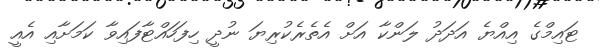
ޓައިމްގެ އިއްޔެ އަދަދު ލަންކާ އަށް އެތެރެކުރިޔަ ނުދީ ހިފަހައްޓާފައިވާ ކަމަށާއި އެއީ